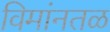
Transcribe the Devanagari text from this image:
विमांनतळ